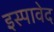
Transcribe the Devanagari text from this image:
इस्पावेद